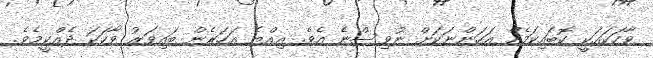
ވާހަކައަކީ ކޮބައިކަމެއް އަހަންނަކަށް ނުވިސްނެ އެވެ. އިއްޔެ އަހަރެން ބައިވަރު ވާހަކަ ދެއްކީމެވެ.